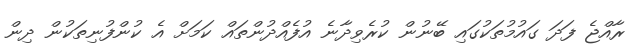
ރާއްޖެ ފަދަ ގައުމުތަކުގައި ބޭނުން ކުރެވިދާނެ އުފެއްދުންތައް ކަމަށް އެ ކުންފުނިތަކުން ދިން